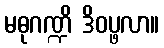
မဓုဂဏ္ဍိ ဒိဝပ္ဖလာ။